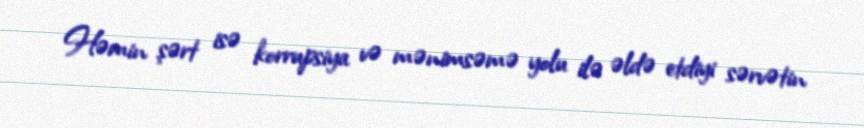
Həmin şərt isə korrupsiya və mənimsəmə yolu ilə əldə etdiyi sərvətin